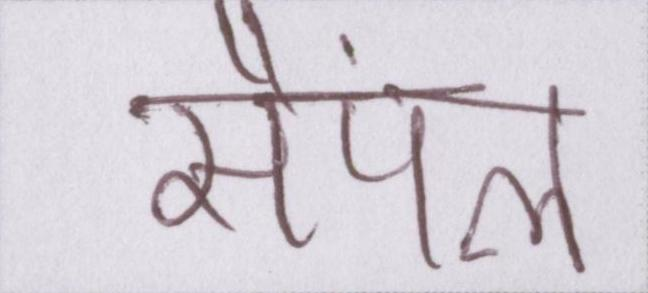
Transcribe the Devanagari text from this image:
सैंपल